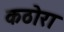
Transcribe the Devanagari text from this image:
कठोरा